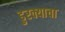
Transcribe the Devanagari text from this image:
डुरक्याचा